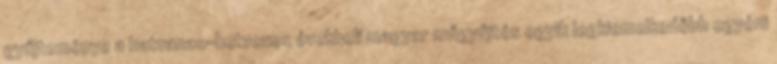
gyűjteménye a hatvanas-hetvenes évekbeli magyar műgyűjtés egyik legkiemelkedőbb egyéni